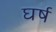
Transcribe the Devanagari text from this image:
घर्ष